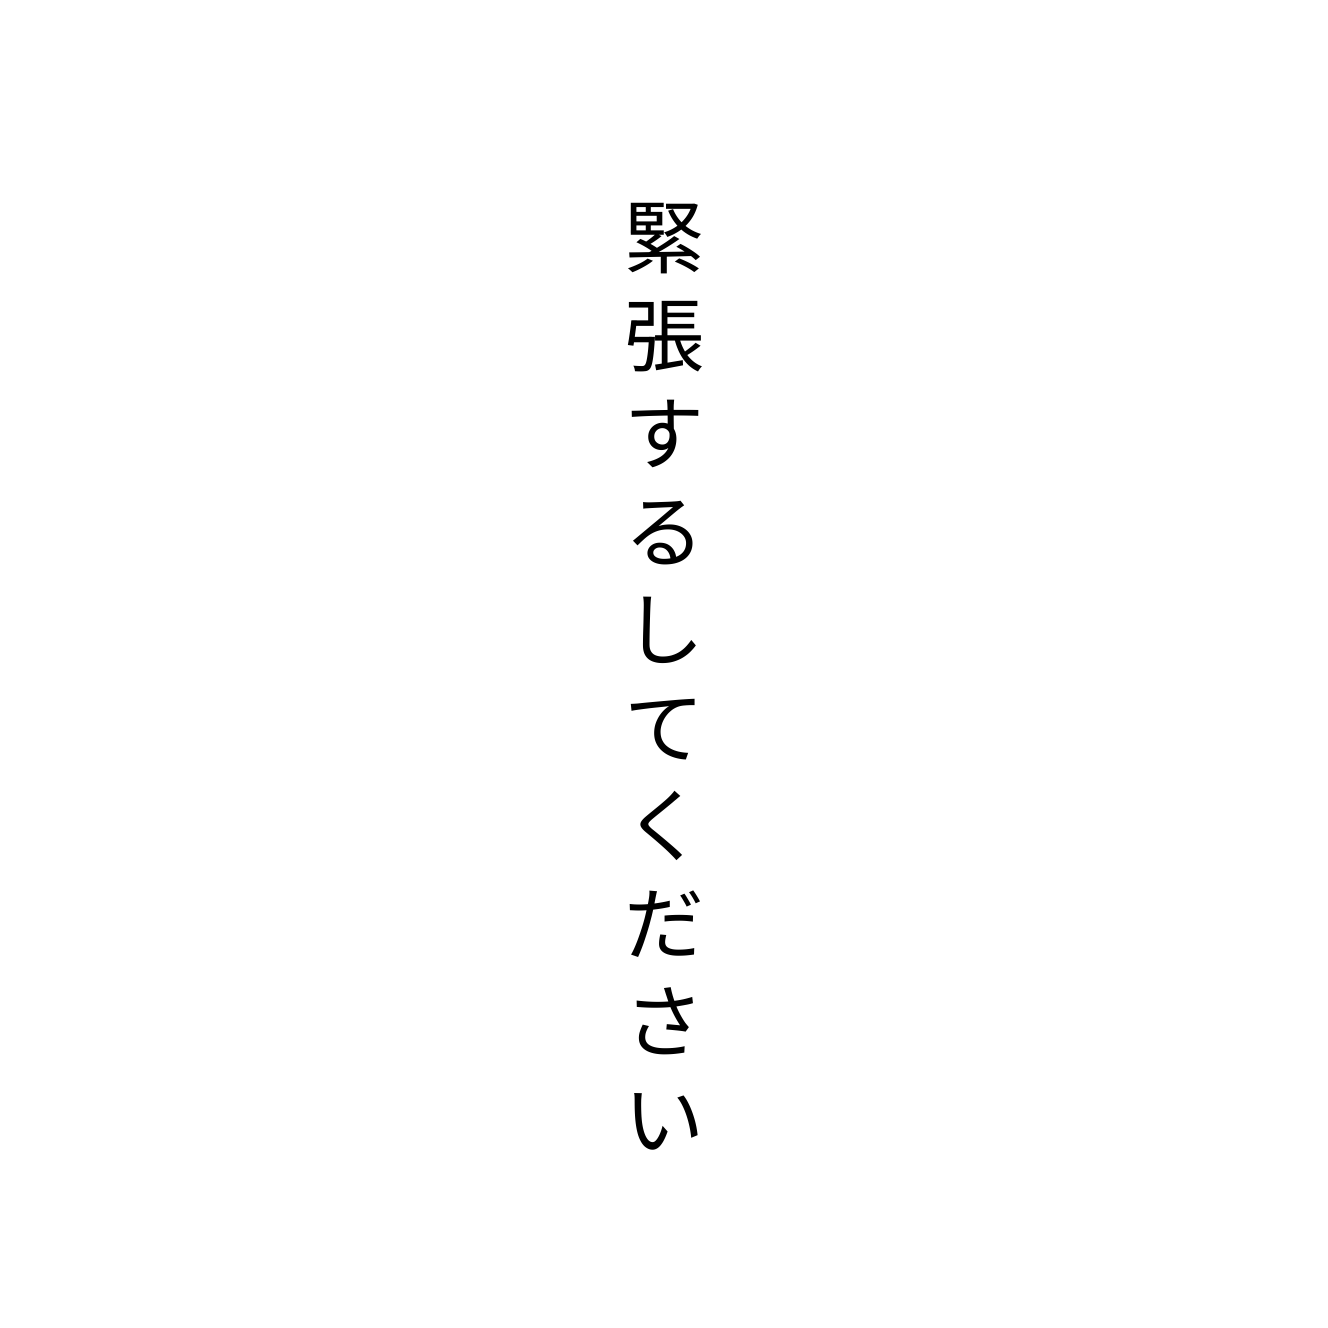
緊張するしてください